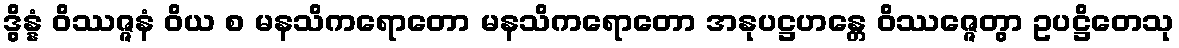
ဒွိန္နံ ဝိဿဇ္ဇနံ ဝိယ စ မနသိကရောတော မနသိကရောတော အနုပဋ္ဌဟန္တေ ဝိဿဇ္ဇေတွာ ဥပဋ္ဌိတေသု